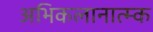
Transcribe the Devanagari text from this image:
अभिकलानात्म्क